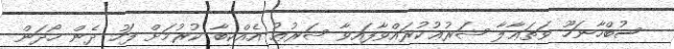
ސުބްހާނަހޫ ވަތަޢާލާ ޝަރުޢުކުރައްވާފައިވާ ޝަރުޢު އެއްކިބާ ކުރުމަށް ފަހު ދެން ހޯދަން